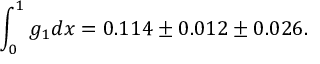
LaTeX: \int _ { 0 } ^ { 1 } g _ { 1 } d x = 0 . 1 1 4 \pm 0 . 0 1 2 \pm 0 . 0 2 6 .